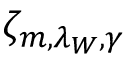
\zeta _ { m , \lambda _ { W } , \gamma }